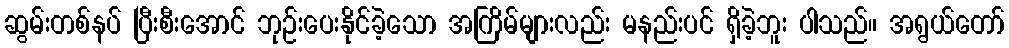
ဆွမ်းတစ်နပ် ပြီးစီးအောင် ဘုဉ်းပေးနိုင်ခဲ့သော အကြိမ်များလည်း မနည်းပင် ရှိခဲ့ဘူး ပါသည်။ အရွယ်တော်